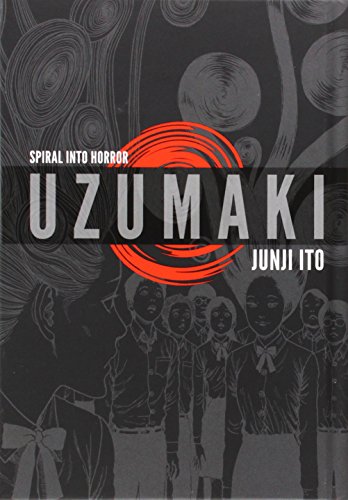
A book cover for Uzumaki (3-in-1, Deluxe Edition): Includes vols. 1, 2 & 3; Junji Ito; Comics & Graphic Novels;